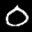
Label: 0